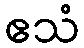
ဧသံ